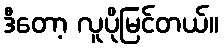
ဒီတော့ လူပိုမြင်တယ်။